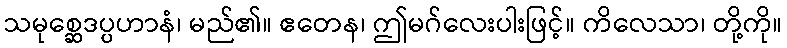
သမုစ္ဆေဒပ္ပဟာနံ၊ မည်၏။ ဧတေန၊ ဤမဂ်လေးပါးဖြင့်။ ကိလေသာ၊ တို့ကို။